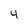
Character: 4